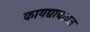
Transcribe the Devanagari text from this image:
कायद्याबाबत